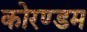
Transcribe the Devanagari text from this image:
कोरण्डम